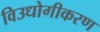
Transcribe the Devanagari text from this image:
विउधोगीकरण